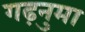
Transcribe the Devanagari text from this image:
गढ़नुमा